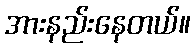
အားနည်းနေတယ်။